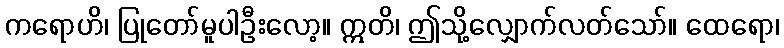
ကရောဟိ၊ ပြုတော်မူပါဦးလော့။ ဣတိ၊ ဤသို့လျှောက်လတ်သော်။ ထေရော၊